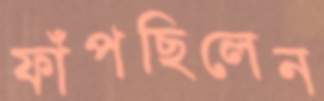
ফাঁপছিলেন